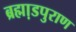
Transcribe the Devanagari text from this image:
ब्रह्मा़डपुराण